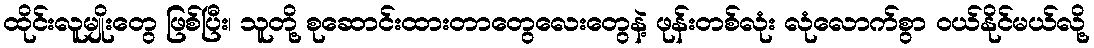
ထိုင်းလူမျိုးတွေ ဖြစ်ပြီး၊ သူတို့ စုဆောင်းထားတာတွေလေးတွေနဲ့ ဖုန်းတစ်လုံး လုံလောက်စွာ ဝယ်နိုင်မယ်လို့